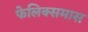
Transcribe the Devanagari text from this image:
फेलिक्समास